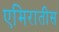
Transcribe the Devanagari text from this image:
एमिरातीस